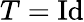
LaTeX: T=\mathrm{{Id}}